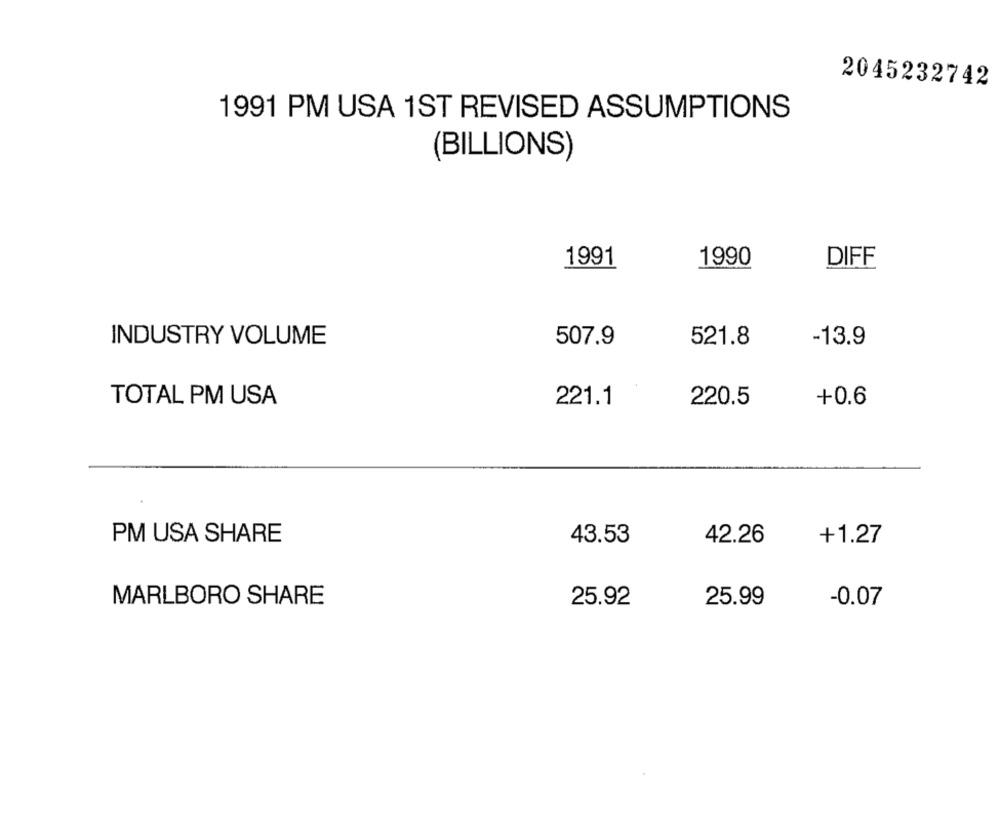
2045232742
1991 PM USA 1ST REVISED ASSUMPTIONS
(BILLIONS)
1991
1990
DIFF
INDUSTRY VOLUME
507.9
521.8
-13.9
TOTAL PM USA
221.1
220.5
+0.6
PM USA SHARE
43.53
+1.27
42.26
MARLBORO SHARE
25.92
25.99
-0.07